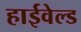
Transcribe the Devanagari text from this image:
हाईवेल्ड